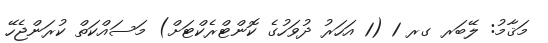
މަޤާމު: ލޭބަރ ގރ 1 (1 އަހަރު ދުވަހުގެ ކޮންޓްރެކްޓަށް) މަސައްކަތް ކުރަންޖެހޭ